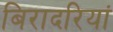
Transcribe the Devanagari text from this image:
बिरादरियां